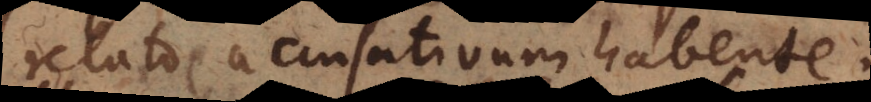
relato accusativum habente,